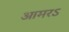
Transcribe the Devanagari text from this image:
आमरऽ